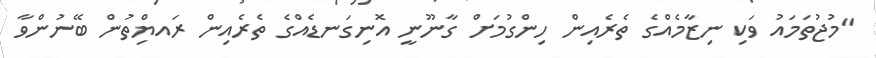
"މުޖުތަމައު ވަކި ނިޒާމެއްގެ ތެރެއިން ހިންގުމަށް ގާނޫނީ އޮނިގަނޑެއްގެ ތެރެއިން ރައޔްިތުން ބޭނުންވާ